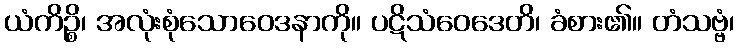
ယံကိဉ္စိ၊ အလုံးစုံသောဝေဒနာကို။ ပဋိသံဝေဒေတိ၊ ခံစား၏။ တံသဗ္ဗံ၊